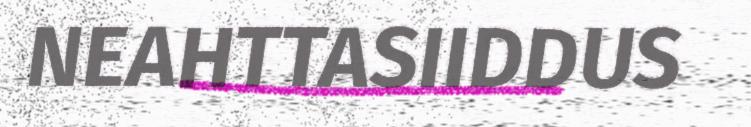
NEAHTTASIIDDUS